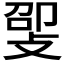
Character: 𫾸